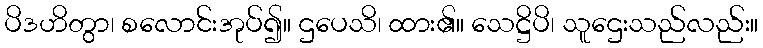
ပိဒဟိတွာ၊ စလောင်းအုပ်၍။ ဌပေသိ၊ ထား၏။ သေဋ္ဌိပိ၊ သူဌေးသည်လည်း။